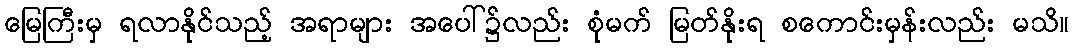
မြေကြီးမှ ရလာနိုင်သည့် အရာများ အပေါ်၌လည်း စုံမက် မြတ်နိုးရ စကောင်းမှန်းလည်း မသိ။